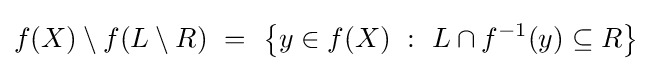
f(X)\setminus f(L\setminus R)~=~\left\{y\in f(X)~:~L\cap f^{-1}(y)\subseteq R\right\}